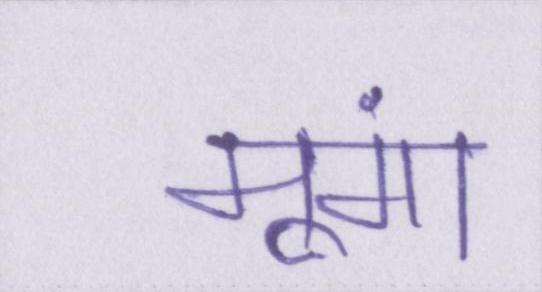
मूंगा